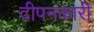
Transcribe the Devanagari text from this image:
दीपनकारी